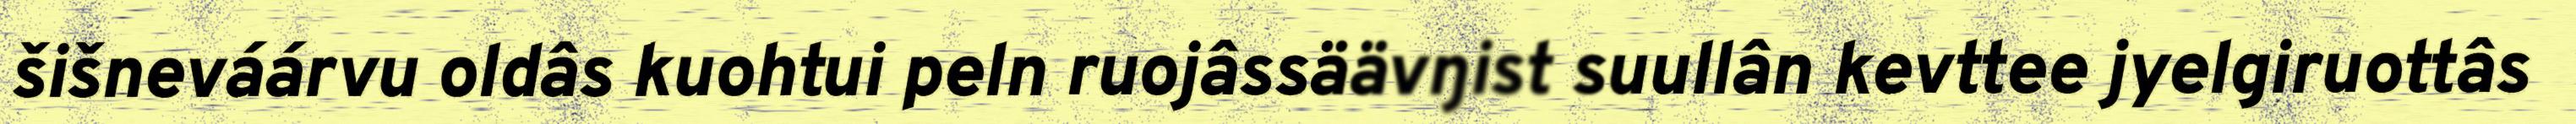
šišneváárvu oldâs kuohtui peln ruojâssäävŋist suullân kevttee jyelgiruottâs